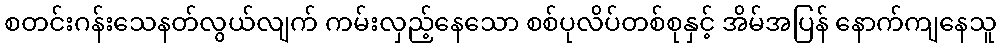
စတင်းဂန်းသေနတ်လွယ်လျက် ကမ်းလှည့်နေသော စစ်ပုလိပ်တစ်စုနှင့် အိမ်အပြန် နောက်ကျနေသူ